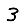
Digit: 3